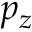
p _ { z }